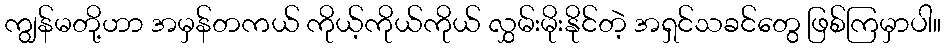
ကျွန်မတို့ဟာ အမှန်တကယ် ကိုယ့်ကိုယ်ကိုယ် လွှမ်းမိုးနိုင်တဲ့ အရှင်သခင်တွေ ဖြစ်ကြမှာပါ။